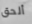
ألحق